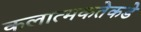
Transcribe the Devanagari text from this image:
कलात्मकतेकडे